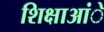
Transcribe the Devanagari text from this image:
शिक्षाआंे